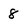
Character: 8